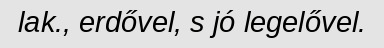
lak., erdővel, s jó legelővel.